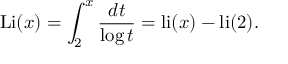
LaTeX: \operatorname { L i } ( x ) = \int _ { 2 } ^ { x } { \frac { d t } { \log t } } = \operatorname { l i } ( x ) - \operatorname { l i } ( 2 ) .